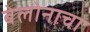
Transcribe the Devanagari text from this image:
बेलोनाचा